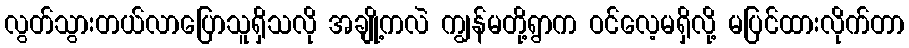
လွတ်သွားတယ်လာပြောသူရှိသလို အချို့ကလဲ ကျွန်မတို့ရွာက ဝင်လေ့မရှိလို့ မပြင်ထားလိုက်တာ